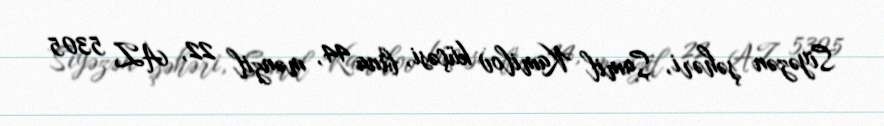
Siyəzən şəhəri, Şamil Kamilov küçəsi, bina 44, mənzil 22, AZ 5305